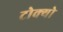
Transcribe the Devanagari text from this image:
टोक्‍यो